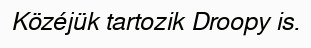
Közéjük tartozik Droopy is.